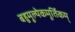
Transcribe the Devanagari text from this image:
बहुमूल्येकमूर्तिकम्‌